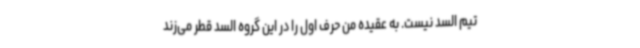
تیم السد نیست. به عقیده من حرف اول را در این گروه السد قطر می‌زند